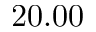
2 0 . 0 0